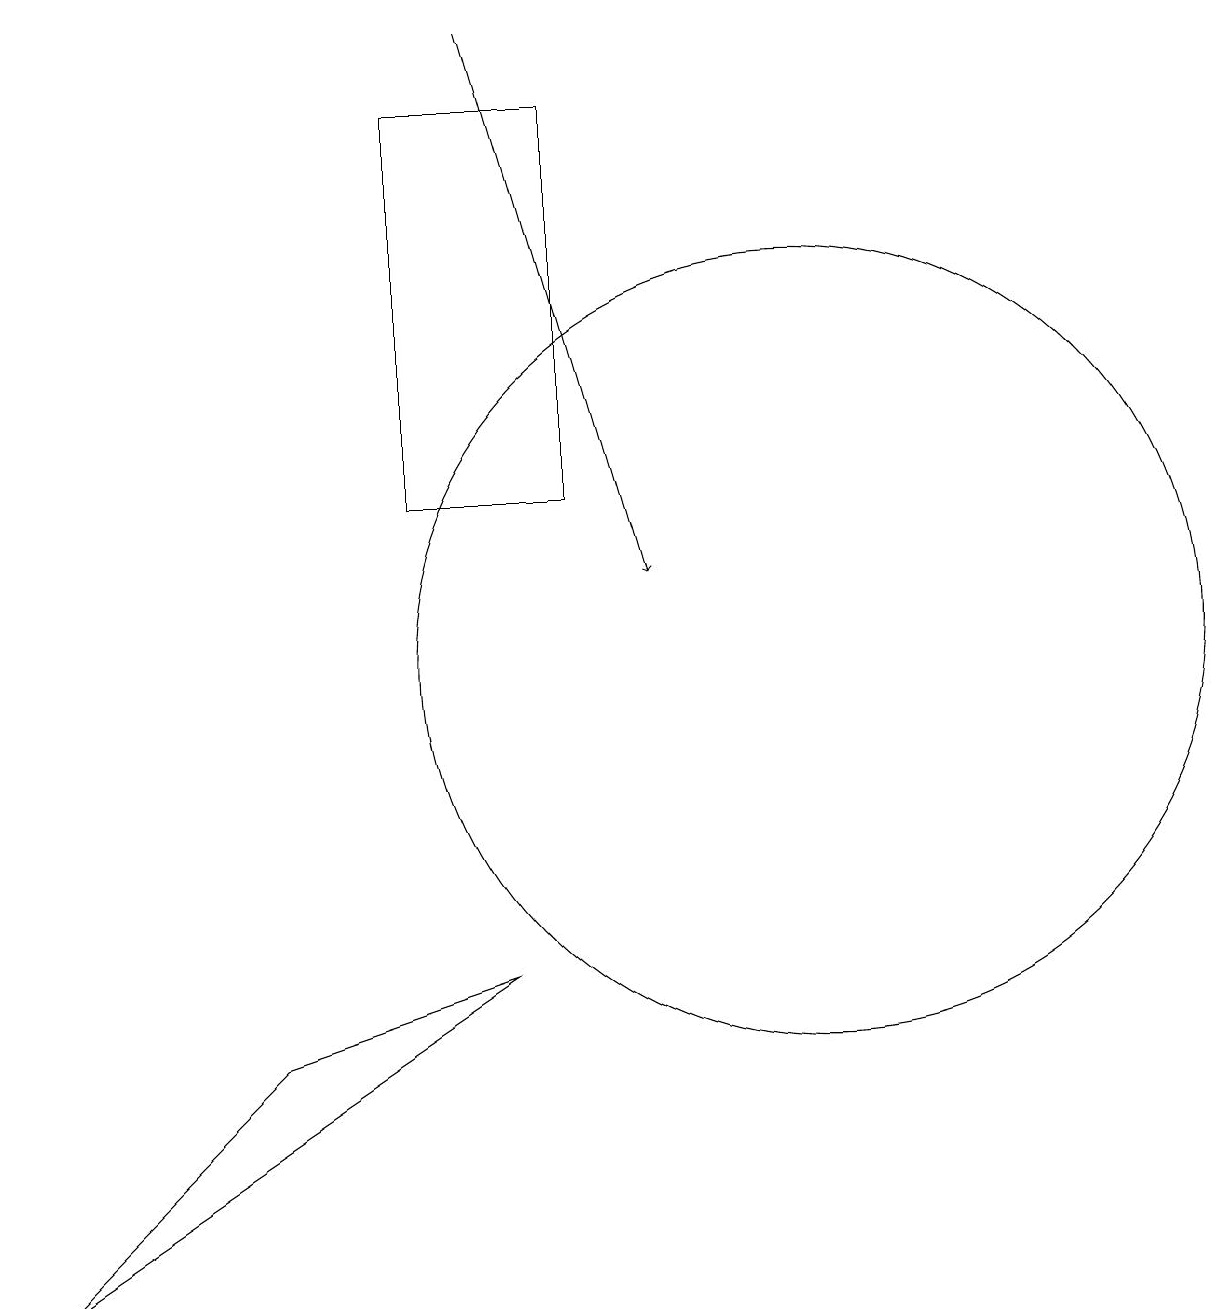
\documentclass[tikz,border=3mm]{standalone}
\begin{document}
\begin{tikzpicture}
\draw (6,6) -- (0,2) -- (3,5) -- cycle;
\draw (10,10) circle (5);
\draw[->] (6,18) -- (8,11);
\draw (5,12) rectangle (7,17);
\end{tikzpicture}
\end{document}